65_HS1-834228961_62-HQ-83894_Section_6
Agency: FBI
Page 55
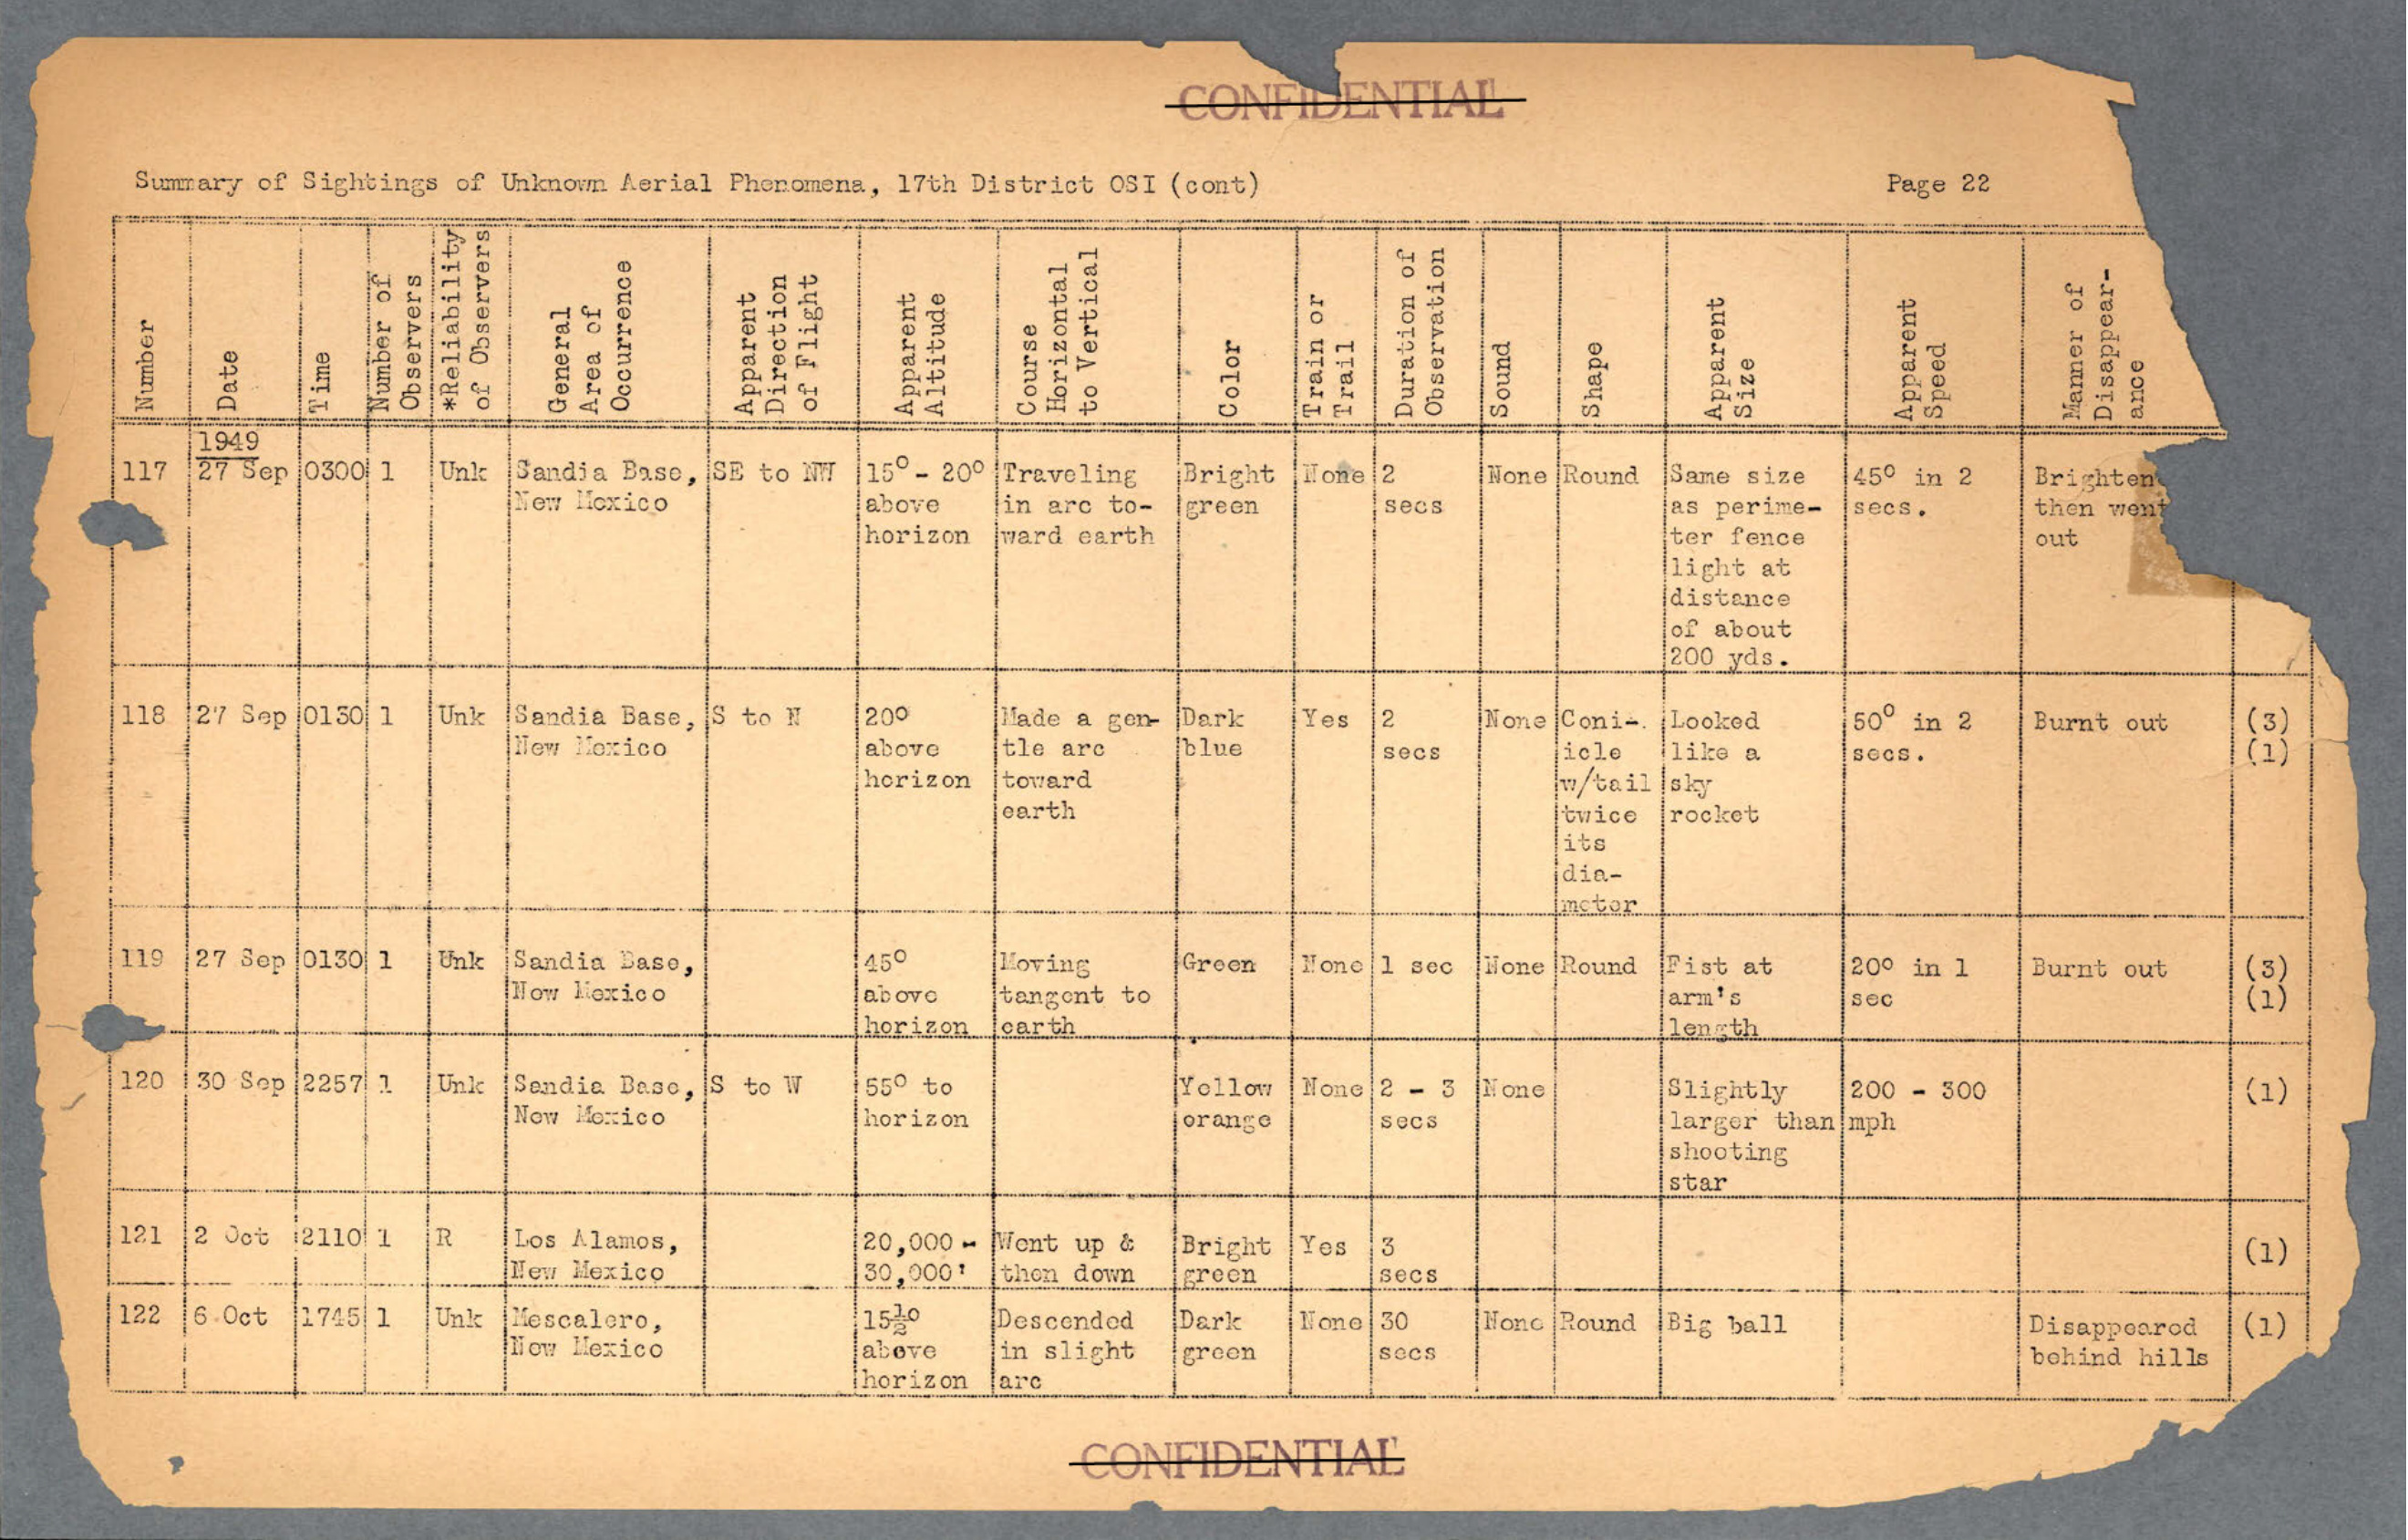